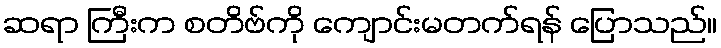
ဆရာ ကြီးက စတိဗ်ကို ကျောင်းမတက်ရန် ပြောသည်။